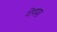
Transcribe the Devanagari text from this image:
गेणश